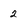
Character: 2